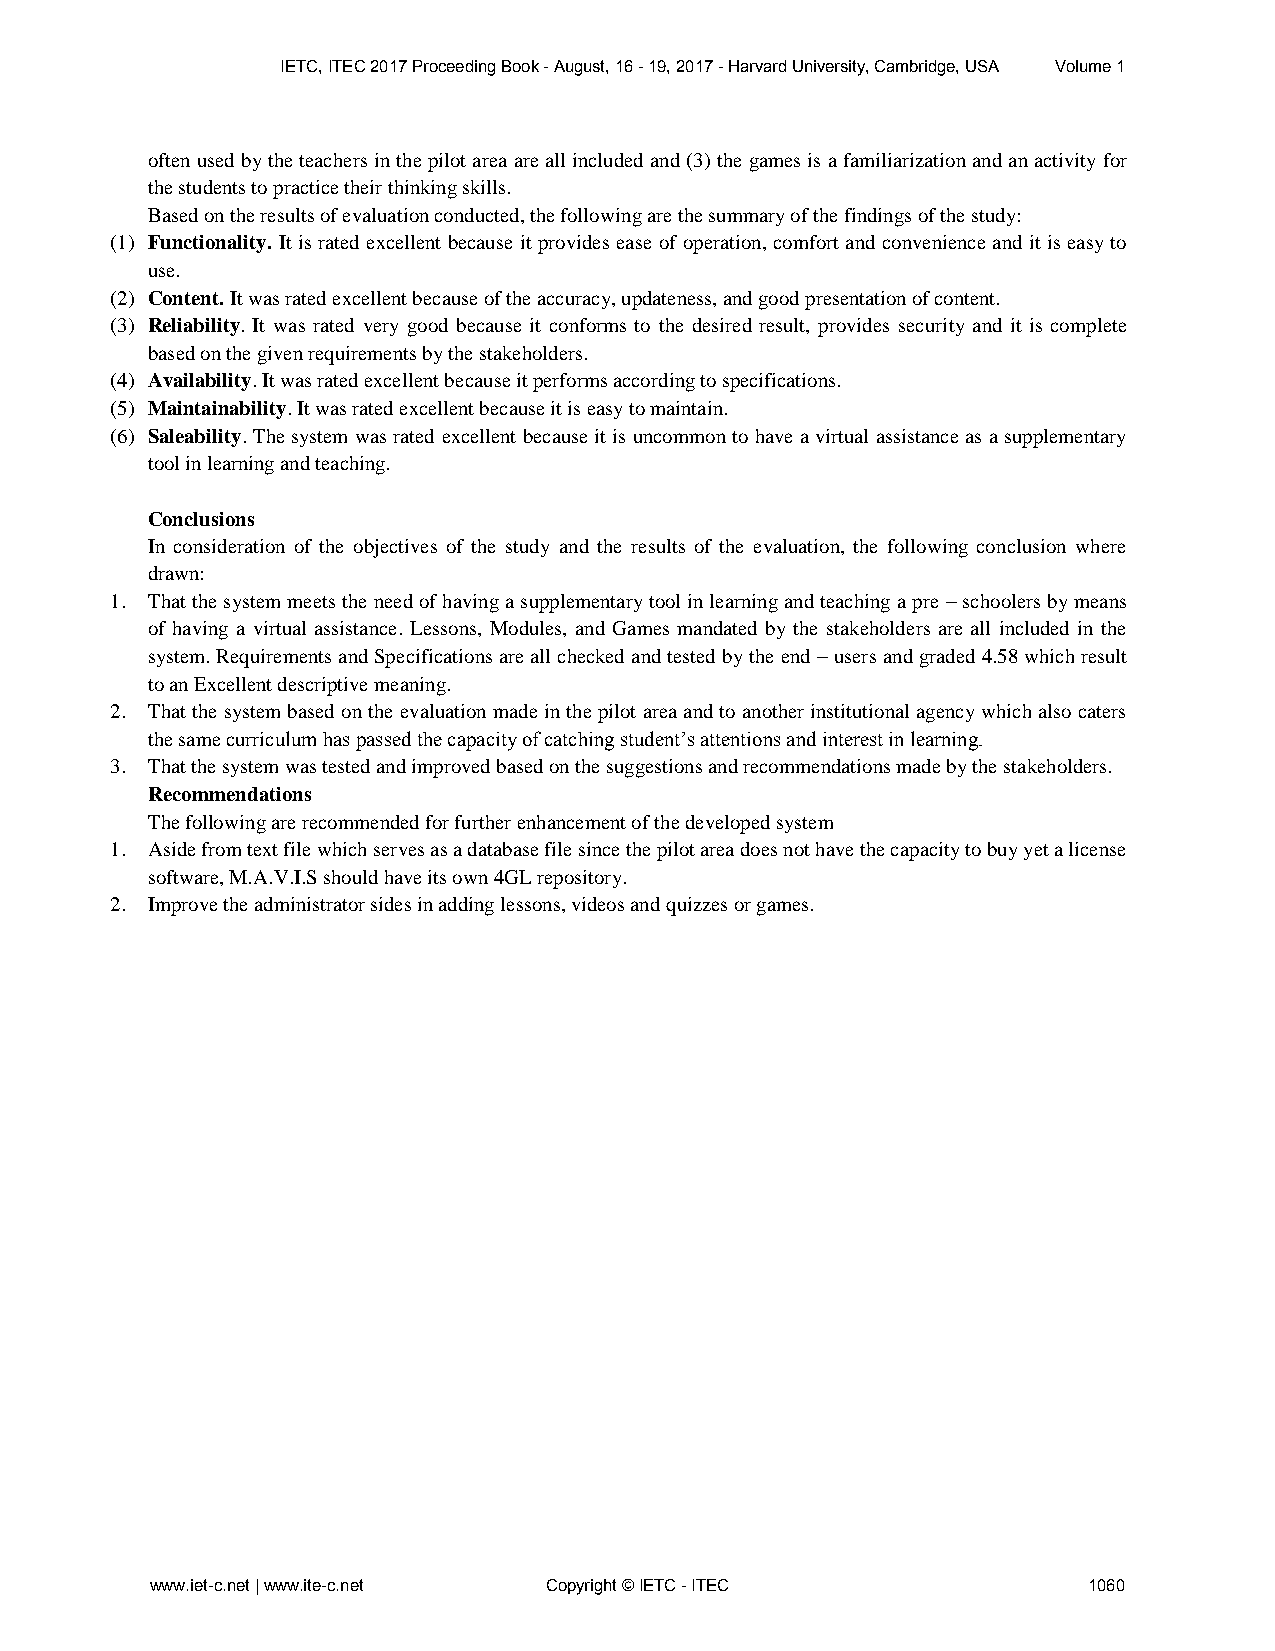
IETC, ITEC 2017 Proceeding Book - August, 16 - 19, 2017 - Harvard University, Cambridge, USA Volume 1
 often used by the teachers in the pilot area are all included and (3) the games is a familiarization and an activity for
 the students to practice their thinking skills.
 Based on the results of evaluation conducted, the following are the summary of the findings of the study:
 (1) Functionality. It is rated excellent because it provides ease of operation, comfort and convenience and it is easy to
 use.
 (2) Content. It was rated excellent because of the accuracy, updateness, and good presentation of content.
 (3) Reliability. It was rated very good because it conforms to the desired result, provides security and it is complete
 based on the given requirements by the stakeholders.
 (4) Availability. It was rated excellent because it performs according to specifications.
 (5) Maintainability. It was rated excellent because it is easy to maintain.
 (6) Saleability. The system was rated excellent because it is uncommon to have a virtual assistance as a supplementary
 tool in learning and teaching.
 Conclusions
 In consideration of the objectives of the study and the results of the evaluation, the following conclusion where
 drawn:
 1. That the system meets the need of having a supplementary tool in learning and teaching a pre – schoolers by means
 of having a virtual assistance. Lessons, Modules, and Games mandated by the stakeholders are all included in the
 system. Requirements and Specifications are all checked and tested by the end – users and graded 4.58 which result
 to an Excellent descriptive meaning.
 2. That the system based on the evaluation made in the pilot area and to another institutional agency which also caters
 the same curriculum has passed the capacity of catching student’s attentions and interest in learning.
 3. That the system was tested and improved based on the suggestions and recommendations made by the stakeholders.
 Recommendations
 The following are recommended for further enhancement of the developed system
 1. Aside from text file which serves as a database file since the pilot area does not have the capacity to buy yet a license
 software, M.A.V.I.S should have its own 4GL repository.
 2. Improve the administrator sides in adding lessons, videos and quizzes or games.
 www.iet-c.net | www.ite-c.net Copyright © IETC - ITEC         1060